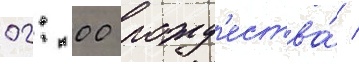
02: 00 рожд'ества́ /